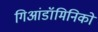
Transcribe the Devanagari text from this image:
गिआंडॉमिनिको